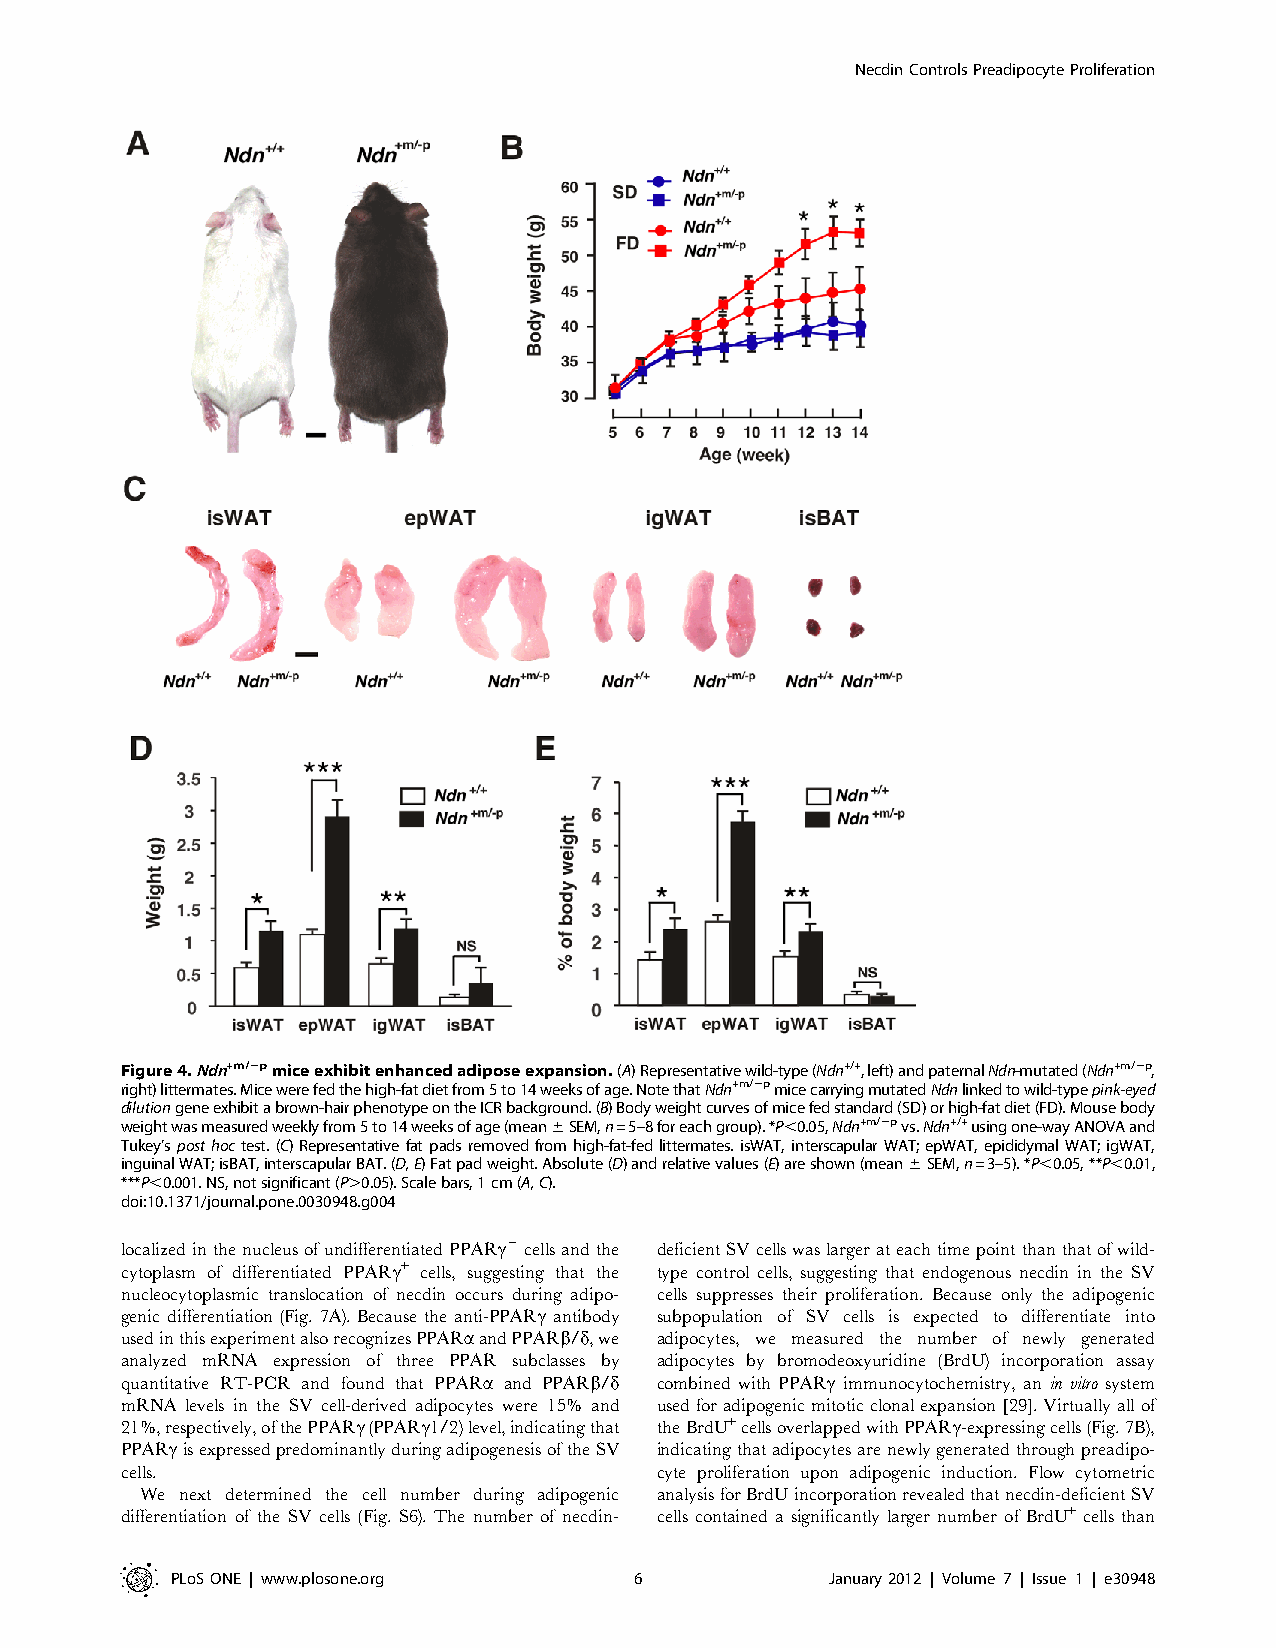
NecdinControlsPreadipocyteProliferation
 Figure4.Ndn+m/2pmiceexhibitenhancedadiposeexpansion.(A)Representativewild-type(Ndn+/+,left)andpaternalNdn-mutated(Ndn+m/2p,
 right)littermates.Micewerefedthehigh-fatdietfrom5to14weeksofage.NotethatNdn+m/2pmicecarryingmutatedNdnlinkedtowild-typepink-eyed
 dilutiongeneexhibitabrown-hairphenotypeontheICRbackground.(B)Bodyweightcurvesofmicefedstandard(SD)orhigh-fatdiet(FD).Mousebody
 weightwasmeasuredweeklyfrom5to14weeksofage(mean6SEM,n=5–8foreachgroup).*P,0.05,Ndn+m/2pvs.Ndn+/+usingone-wayANOVAand
 Tukey’sposthoctest.(C)Representativefatpadsremovedfromhigh-fat-fedlittermates.isWAT,interscapularWAT;epWAT,epididymalWAT;igWAT,
 inguinalWAT;isBAT,interscapularBAT.(D,E)Fatpadweight.Absolute(D)andrelativevalues(E)areshown(mean6SEM,n=3–5).*P,0.05,**P,0.01,
 ***P,0.001.NS,notsignificant(P.0.05).Scalebars,1cm(A,C).
 doi:10.1371/journal.pone.0030948.g004
 localizedinthenucleusofundifferentiatedPPARc2cellsandthe deficientSVcellswaslargerateachtimepointthanthatofwild-
 cytoplasm of differentiated PPARc+ cells, suggesting that the type control cells, suggesting that endogenous necdin in the SV
 nucleocytoplasmic translocation of necdin occurs during adipo- cells suppresses their proliferation. Because only the adipogenic
 genic differentiation (Fig. 7A). Because the anti-PPARc antibody subpopulation of SV cells is expected to differentiate into
 usedinthisexperimentalsorecognizesPPARaandPPARb/d,we adipocytes, we measured the number of newly generated
 analyzed mRNA expression of three PPAR subclasses by adipocytes by bromodeoxyuridine (BrdU) incorporation assay
 quantitative RT-PCR and found that PPARa and PPARb/d combined with PPARc immunocytochemistry, an in vitro system
 mRNA levels in the SV cell-derived adipocytes were 15% and usedforadipogenicmitoticclonalexpansion[29].Virtuallyallof
 21%,respectively,ofthePPARc(PPARc1/2)level,indicatingthat theBrdU+cellsoverlappedwithPPARc-expressingcells(Fig.7B),
 PPARcisexpressedpredominantlyduringadipogenesisoftheSV indicatingthatadipocytesarenewlygeneratedthroughpreadipo-
 cells.                             cyte proliferation upon adipogenic induction. Flow cytometric
 We next determined the cell number during adipogenic analysisforBrdUincorporationrevealedthatnecdin-deficientSV
 differentiation of the SV cells (Fig. S6). The number of necdin- cells contained a significantly larger number of BrdU+ cells than
 PLoSONE | www.plosone.org      6            January2012 | Volume 7 | Issue 1 | e30948